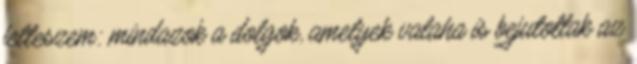
felteszem: mindazok a dolgok, amelyek valaha is bejutottak az